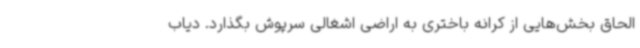
الحاق بخش‌هایی از کرانه باختری به اراضی اشغالی سرپوش بگذارد. دیاب